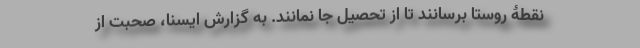
نقطۀ روستا برسانند تا از تحصیل جا نمانند. به گزارش ایسنا، صحبت از